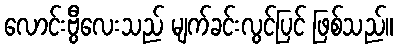
လောင်းဗွီလေးသည် မျက်ခင်းလွင်ပြင် ဖြစ်သည်။